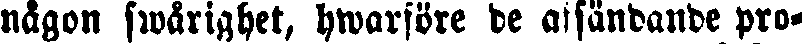
nägon swärighet, hwarföre de affändande pro-